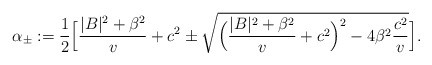
\begin{align*}\alpha_{\pm}:=\frac{1}{2} \Big[ \frac{|B|^2+\beta^2}{v} +c^2 \pm\sqrt{ \Big( \frac{|B|^2+\beta^2}{v}+c^2 \Big)^2-4\beta^2\frac{c^2}{v}} \Big].\end{align*}